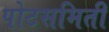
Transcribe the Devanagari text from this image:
पोटसमिती